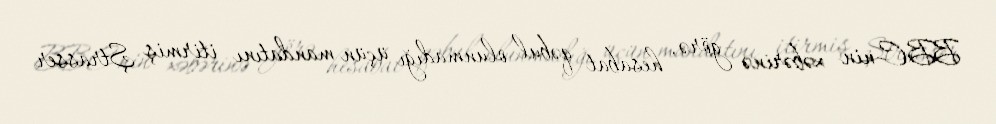
BBC-nin xəbərinə görə, hesabat qəbul olunmadığı üçün mandatını itirmiş Ştrasser